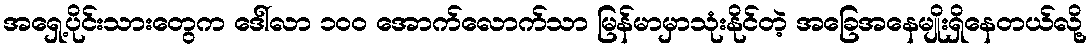
အရှေ့ပိုင်းသားတွေက ဒေါ်လာ ၁၀၀ အောက်လောက်သာ မြန်မာမှာသုံးနိုင်တဲ့ အခြေအနေမျိုးရှိနေတယ်လို့